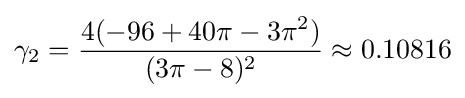
\gamma _{2}={\frac {4(-96+40\pi -3\pi ^{2})}{(3\pi -8)^{2}}}\approx 0.10816